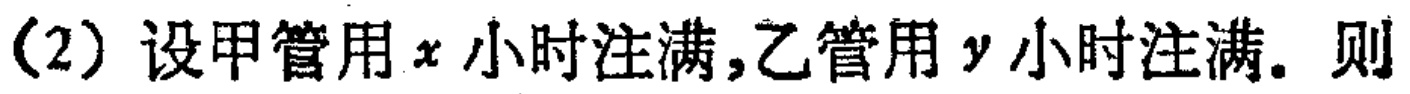
(2)设甲管用\(x\)小时注满,乙管用\(y\)小时注满. 则